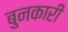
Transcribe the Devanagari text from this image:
बुनकारी